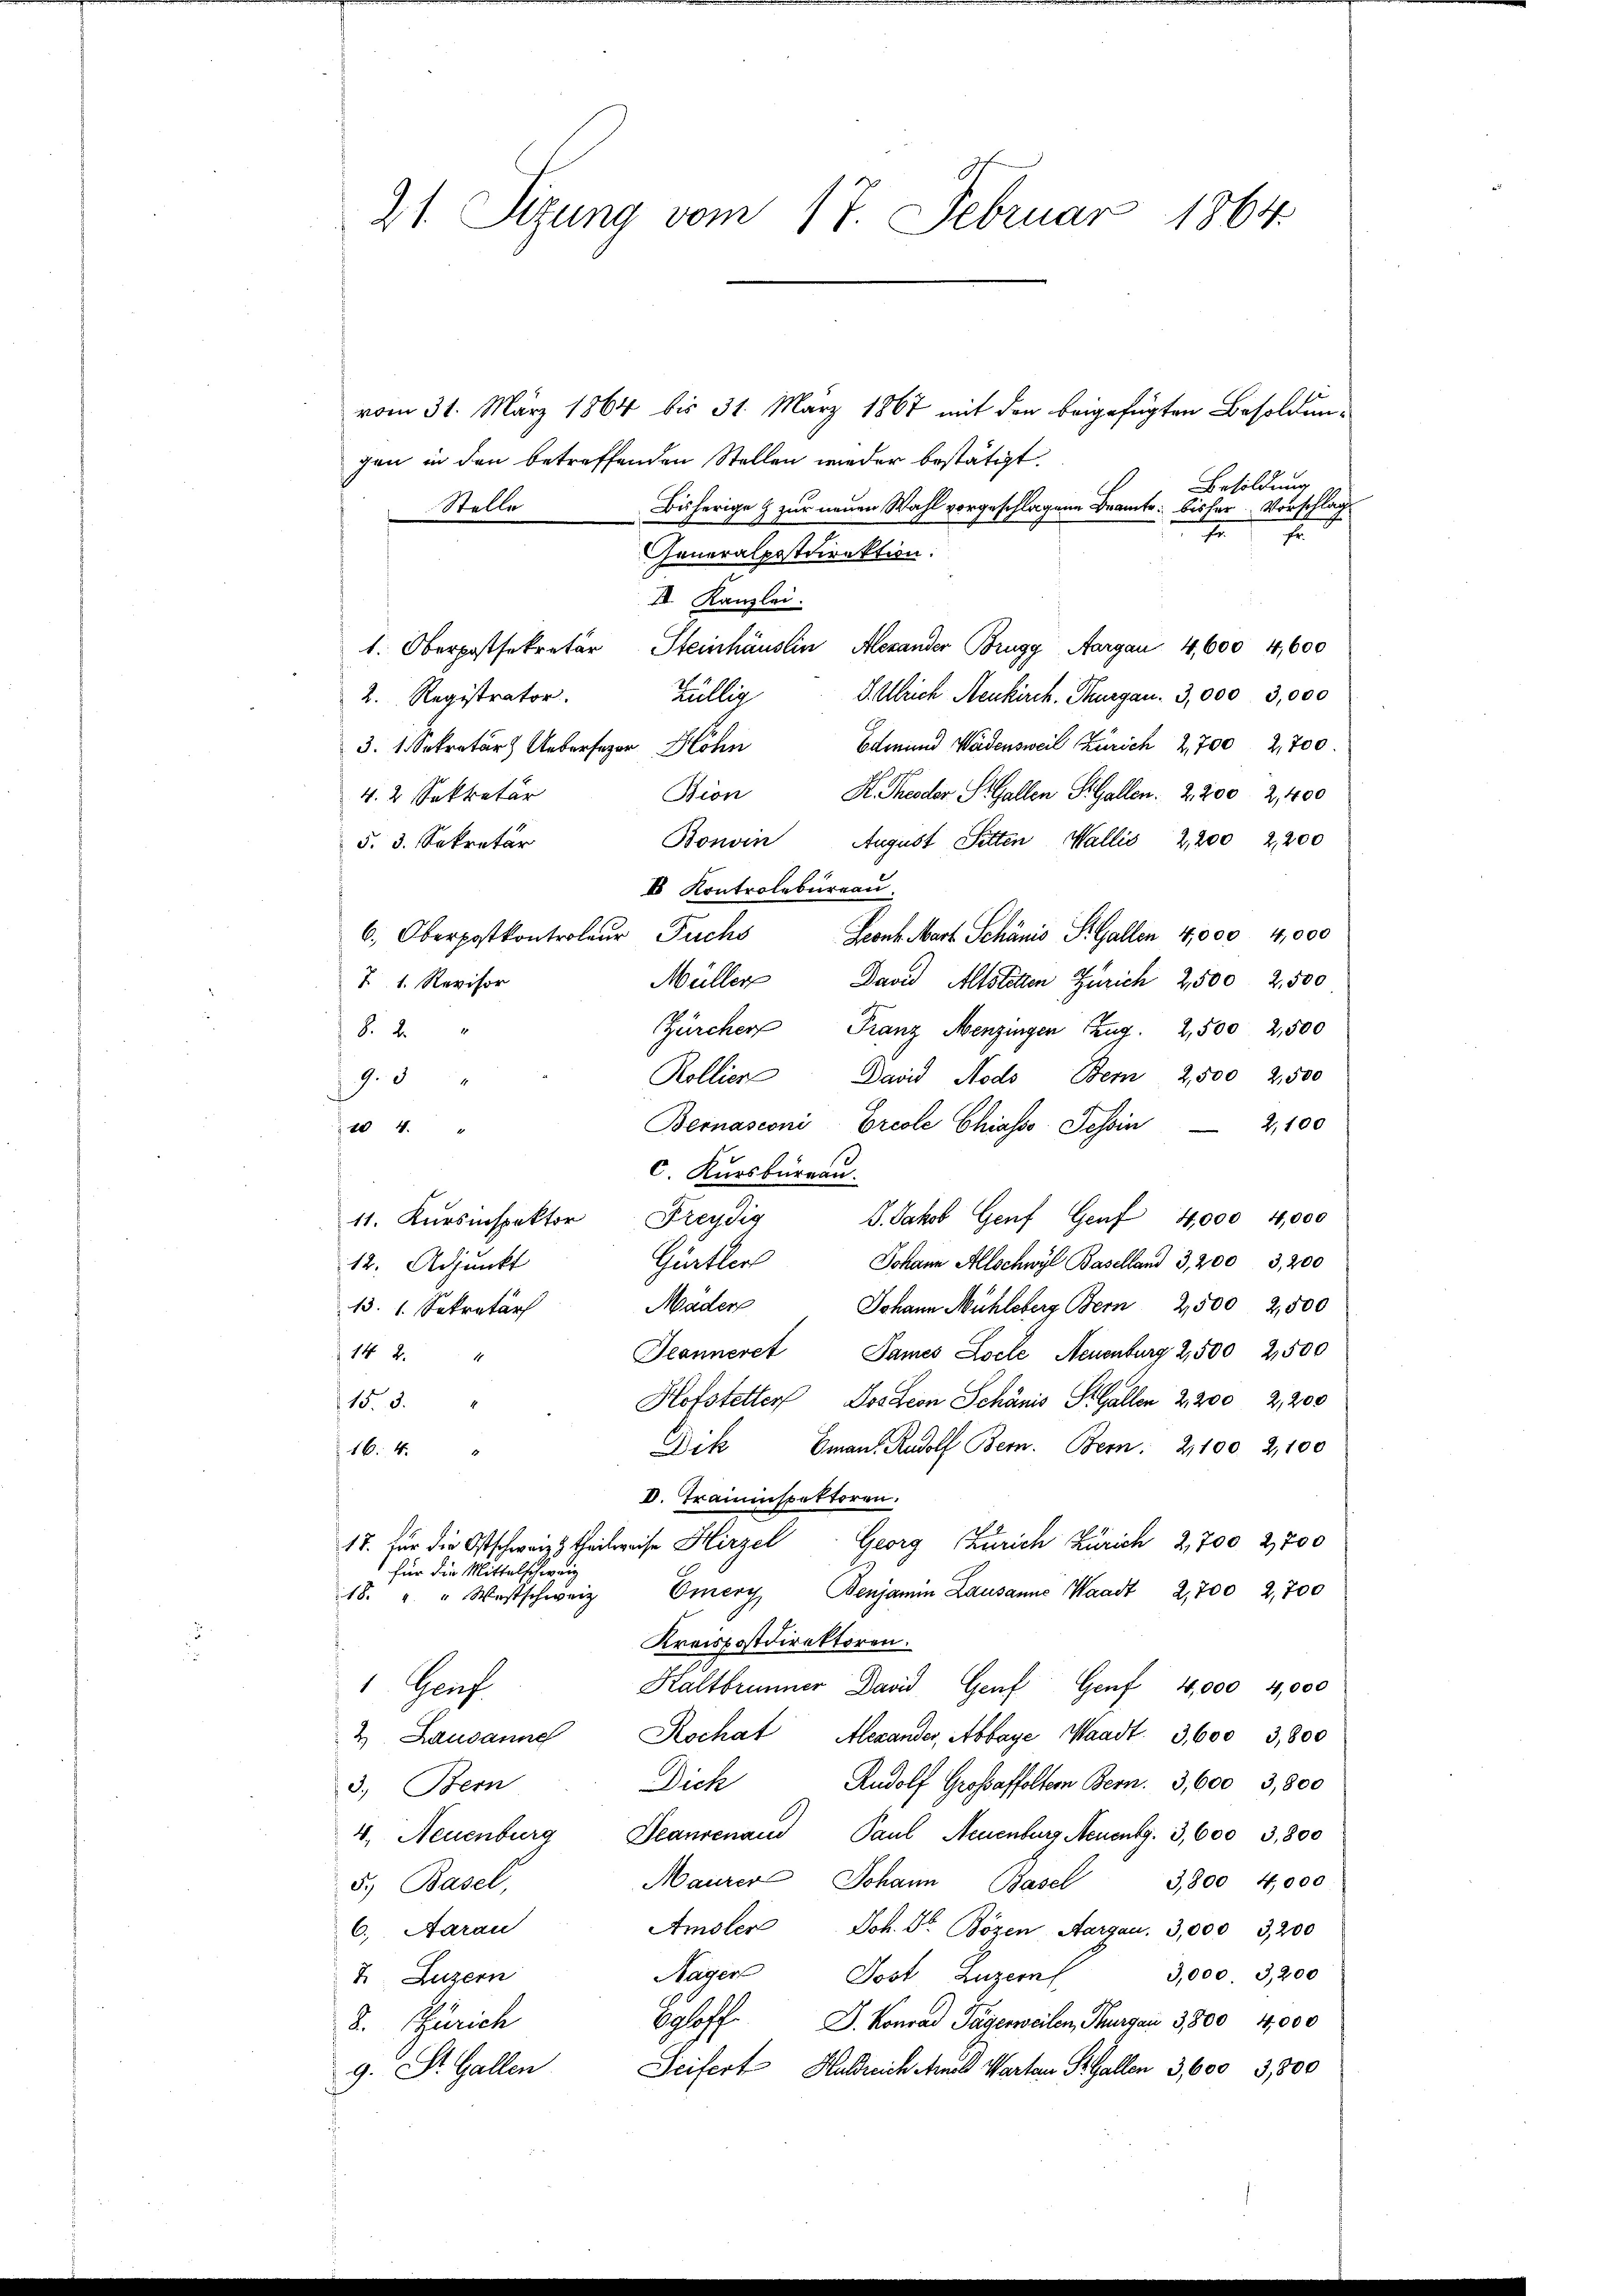
21 Sizung vom 17. Februar 1864.

vom 31. März 1864 bis 31. März 1867 mit den beigefügten Besoldungen in den betreffenden Stellen wieder bestätigt.
Besoldung
Bisherige & zur neuen Wahl vorgeschlagene Beamte bisher Vorschlag
Stelle
4
E
Generalpostdirektion.
II. Kanzlei.
1. Oberpostsekretär Steinhäuslin, Alexander Brugg Aargau 4,600 4,600
2. Registrator. Züllig S. Ulrich Neukirch. Thurgau. 3,000 3,000
3. 1. Sekretär Ueberspar Hoh Edmund Wädensweil Zürich 2,700 2,700.
K. Theodor St. Gallen St. Gallen. Z. 200 2,400
Bion
4.2 Sekretär
Bonvin August Sitten Wallis 2,200 2,200
§. 3. Sekretär
I Kontrolbureau.
6., Oberpostkontroleur Fuchs Leonh. Mart Schanis St. Gallen 4,000 4,000
Müller
David Altstetten Zürich 2,500 2,500
Z 1. Revisor
Zürcher Franz Menzingen Zug 2,500 2,500
8. 2
Rollien David Nods Bern 2,500 2,500
9.3
Bernasconi, Ercole Chiasso Tessin 2,100
104. "
c. Kursburgau.
V. Jakob Genf, Genf 4,000, 41,000
11. Kursinspektor Freydig
Gürtlich
Johann Allschwyl Baselland 3,200 3,200
12. Adjunkt
Mäder
Johann Mühleberg Bern 2,500 2,500
13. 1. Sekretär
Jeanneret Pames Locle Neuenburg 2,500 2,500
142. 4
Hofstetter London Schanis St. Gallen 2,200 2,200
15. 3.
Dik Eman. Rudolf Bern. Bern. 2100 2,100
16: 4.
II. Traminspektoren.
18. für die Ostschweiz theilweise Hirzel Georg Zürich Zürich 2,700 2,700
für die Mittelschweig
Omery Denjamin Lausanne Waadt 2,700 2,700
18. " Westschweiz
Kreispostdirektoren.
Kaltbrunner David Genf Genf 4,000 4,000
1. Genf
2 Lausanne Kochat Alexander, Abbaye Waadt 3,600 3,800
Dich
Rudolf Grossaffoltern Bern. 3,600 3,800
3.) Bern
4, Neuenburg Jeanvenaud, Paul Neuenburg Neuenbg. 3,600 3,800
Maurer Johann Basel 3,800 4,000
5.) Basel,
Amsler Joh. Fr. Bozen Aargau, 3,000 3,200
6. Aarau
3,000 3,200
Nager Post Luzernf
7. Luzern
Egloff. D. Konrad Tägerweilen, Thurgau 3800 4,000
2. Zürich
9. St. Gallen Seifert Huldreich Arnold Warten St. Gallen 3,600 3,800